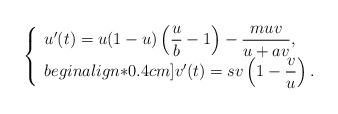
LaTeX: \begin{align*}\left\{\begin{array}{l}u'(t)=u(1-u)\left(\displaystyle\frac{u}{b}-1\right)-\displaystyle\frac{muv}{u+av}, \\begin{align*}0.4cm]v'(t)=s v\left(1-\displaystyle\frac{v}{u}\right).\end{array}\right.\end{align*}